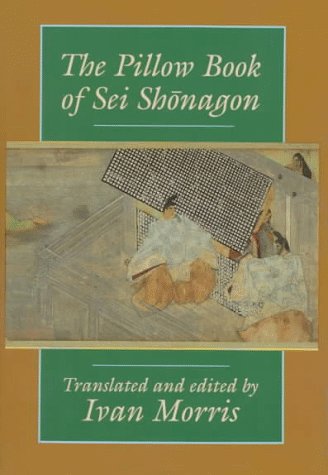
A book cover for The Pillow Book of Sei Shonagon; Biographies & Memoirs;